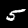
Digit: 5